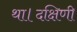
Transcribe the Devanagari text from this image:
था।दक्षिणी